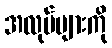
အလုပ်များကို